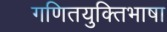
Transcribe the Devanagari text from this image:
गणितयुक्तिभाषा